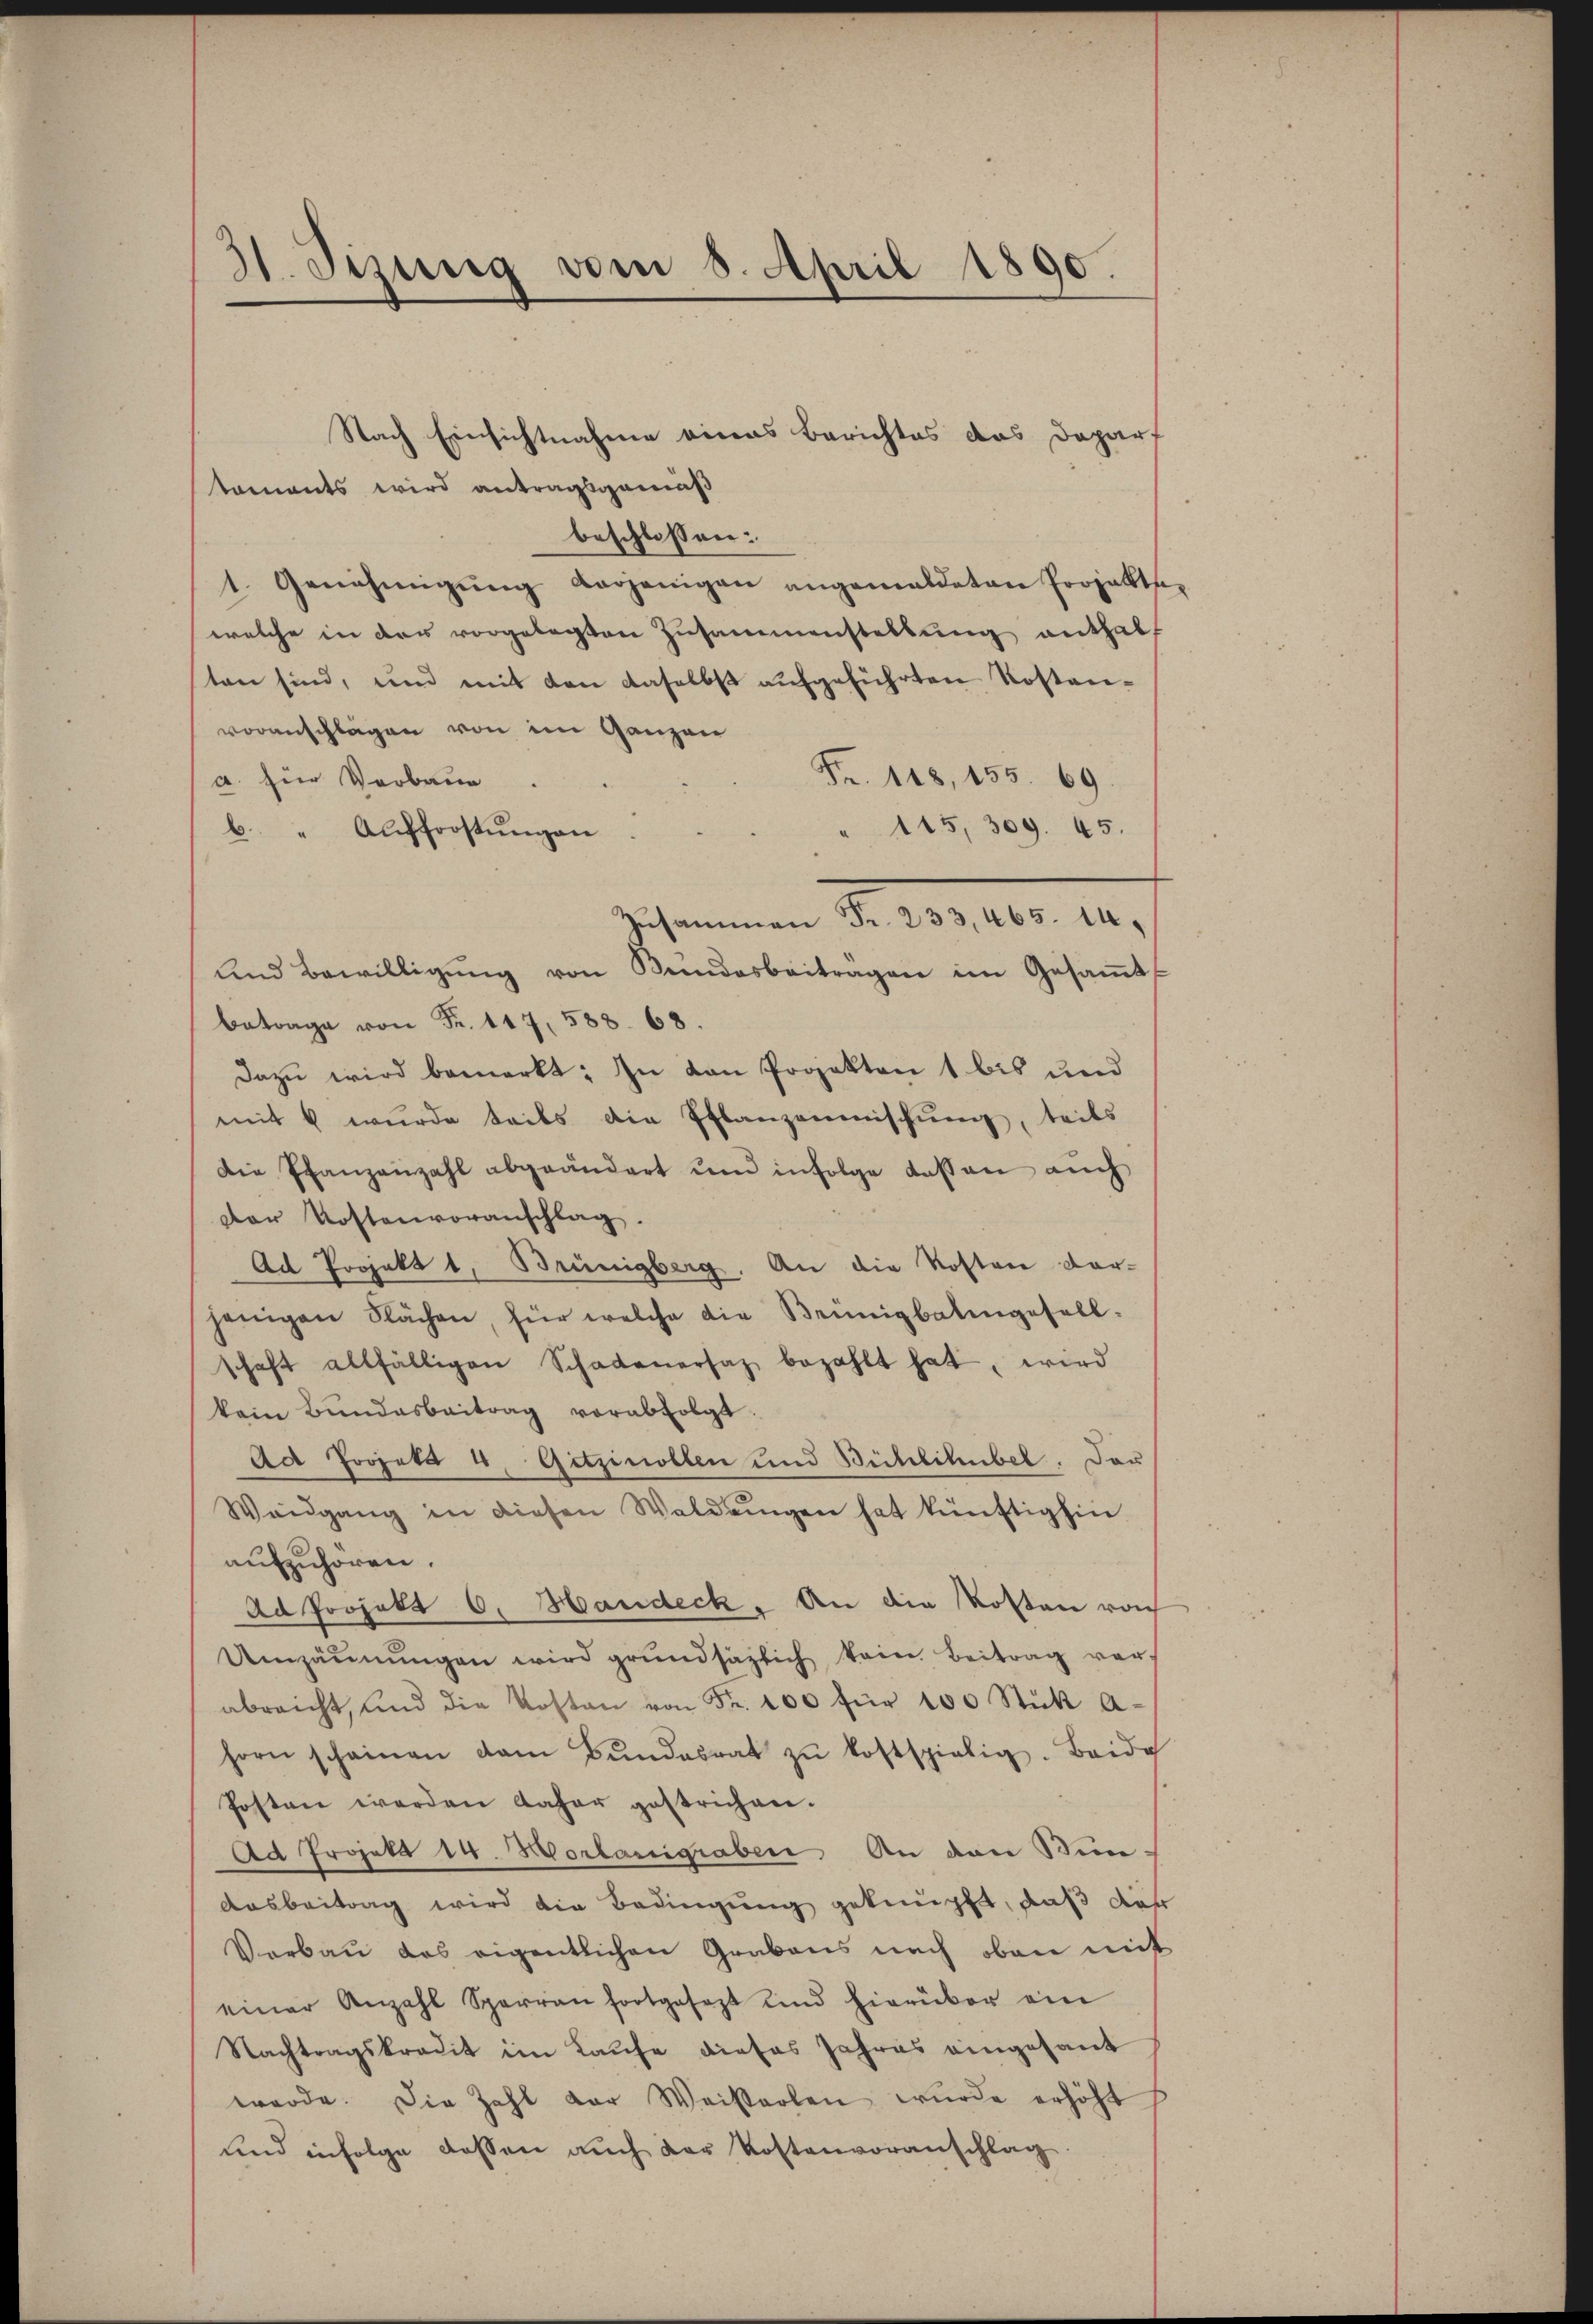
.
d. Stzung vom 8. April 1890.

Nach Einsichtnahme eines Berichtes das Depart
koments wird antragsgemäß
beschlossen:
1. Genehmigŭng derjenigen angewaldeten Projekte
welche in der vorgelegten Zusammenstellung enthalf
ten sind, und mit den daselbst aufgeführten Kostanvoranschlägen von im Ganzen
Fr. 118, 155. 69.
a. für Verbaue
115, 309. 45.
b. " Aufforstŭngen
Zehenen S. 1390. 14.
und Bewilligŭng von Bundesbeitragen im Gesaṁt
betrage von Fr. 117, 588. 68.
Dazu wird bemerkt: In den Projekten 1 bis und
mit 4 wurde teils die Pflanzonischung, teils
Die Pfanzanzahl abgeändert ŭm infolge dassen auch
Der Kostenvoranschlag.
Ad Projekt 1. Brünigberg. An die Kosten dar-
jenigen Flächen, für welche die Brünigbatengesell-
schaft allfälligen Schadenersatz bezahlt hat, wird
kein Bŭndesbeitrag verabfolgt.
Ad Projekt 4. Gitzinollen und Büchlilubel. Der
Weidgang in diesen Waldungen hat künftighin
aufzuhören.
ad Projekt 6. Mandeck. An die Kosten roh
Umzäŭnŭngen wird grundsäzlich kein Beitrag verabreicht, und die Kosten von Fr. 100 für 100 Stük A-
horn scheinen dem Bŭndesrat zŭ kostspielig. Beide
Posten werden daher gestrichen.
Ad Projekt 14. Mortanigraben. An den Bun¬
Ausbeitrag wird die Bedingung geknüpft, daß der
Derbau des eigentlichen Grabens nach oben mit
einer Anzahl Sparran fortgesezt und hierüber ein
Nachtragskredit im Kaufe dieses Jahres eingesant
werde. Die Zahl der Weiserlen wurde erhöht
und infolge dessen auch der Kostenvoranschlag